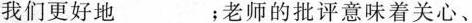
我们更好地___；老师的批评意味着关心、